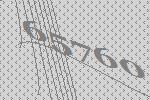
65760